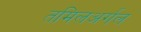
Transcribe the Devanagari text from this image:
तमिलअर्गल